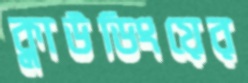
ক্লাউডিংয়ের